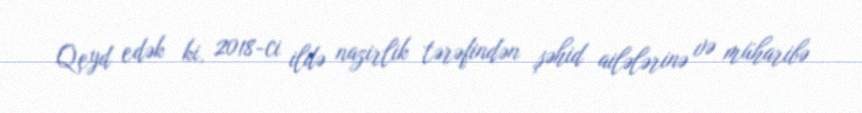
Qeyd edək ki, 2018-ci ildə nazirlik tərəfindən şəhid ailələrinə və müharibə